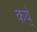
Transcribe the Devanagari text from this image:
कर्य्